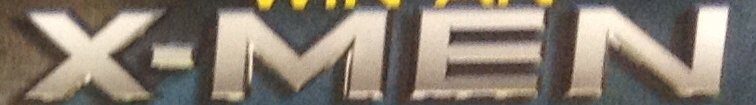
X-MEN